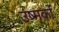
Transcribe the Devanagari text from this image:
उष्मकों